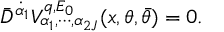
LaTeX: \bar { D } ^ { \dot { \alpha } _ { 1 } } V _ { \alpha _ { 1 } , \cdots , \alpha _ { 2 J } } ^ { q , E _ { 0 } } ( x , \theta , \bar { \theta } ) = 0 .